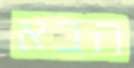
הבא